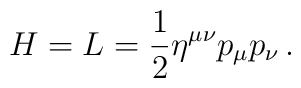
H=L=\frac{1}{2}\eta^{\mu\nu}p_{\mu}p_{\nu}\,.